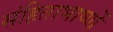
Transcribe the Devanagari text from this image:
संहिताभाष्यों